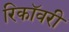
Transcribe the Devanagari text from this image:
रिकॉवरी